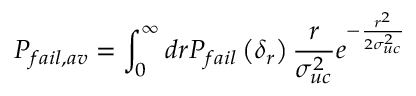
P _ { f a i l , a v } = \int _ { 0 } ^ { \infty } d r P _ { f a i l } \left( \delta _ { r } \right) \frac { r } { \sigma _ { u c } ^ { 2 } } e ^ { - \frac { r ^ { 2 } } { 2 \sigma _ { u c } ^ { 2 } } }